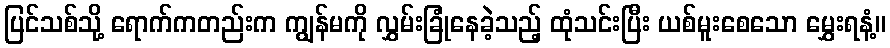
ပြင်သစ်သို့ ရောက်ကတည်းက ကျွန်မကို လွှမ်းခြုံနေခဲ့သည့် ထုံသင်းပြီး ယစ်မူးစေသော မွှေးရနံ့။